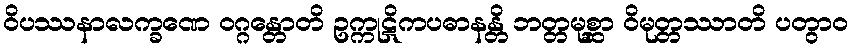
ဝိပဿနာလက္ခဏေ ဝဂ္ဂန္တောတိ ဥက္ကုဋိကပဓာနန္တိ ဘတ္တမုစ္ဆာ ဝိမုတ္တဿာတိ ပတွာဝ